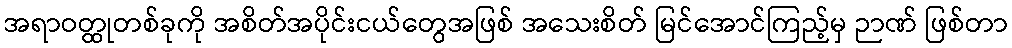
အရာဝတ္ထုတစ်ခုကို အစိတ်အပိုင်းငယ်တွေအဖြစ် အသေးစိတ် မြင်အောင်ကြည့်မှ ဉာဏ် ဖြစ်တာ